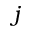
j